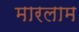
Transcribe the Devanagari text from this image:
मारलाम